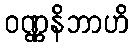
ဝဏ္ဏနိဘာဟိ